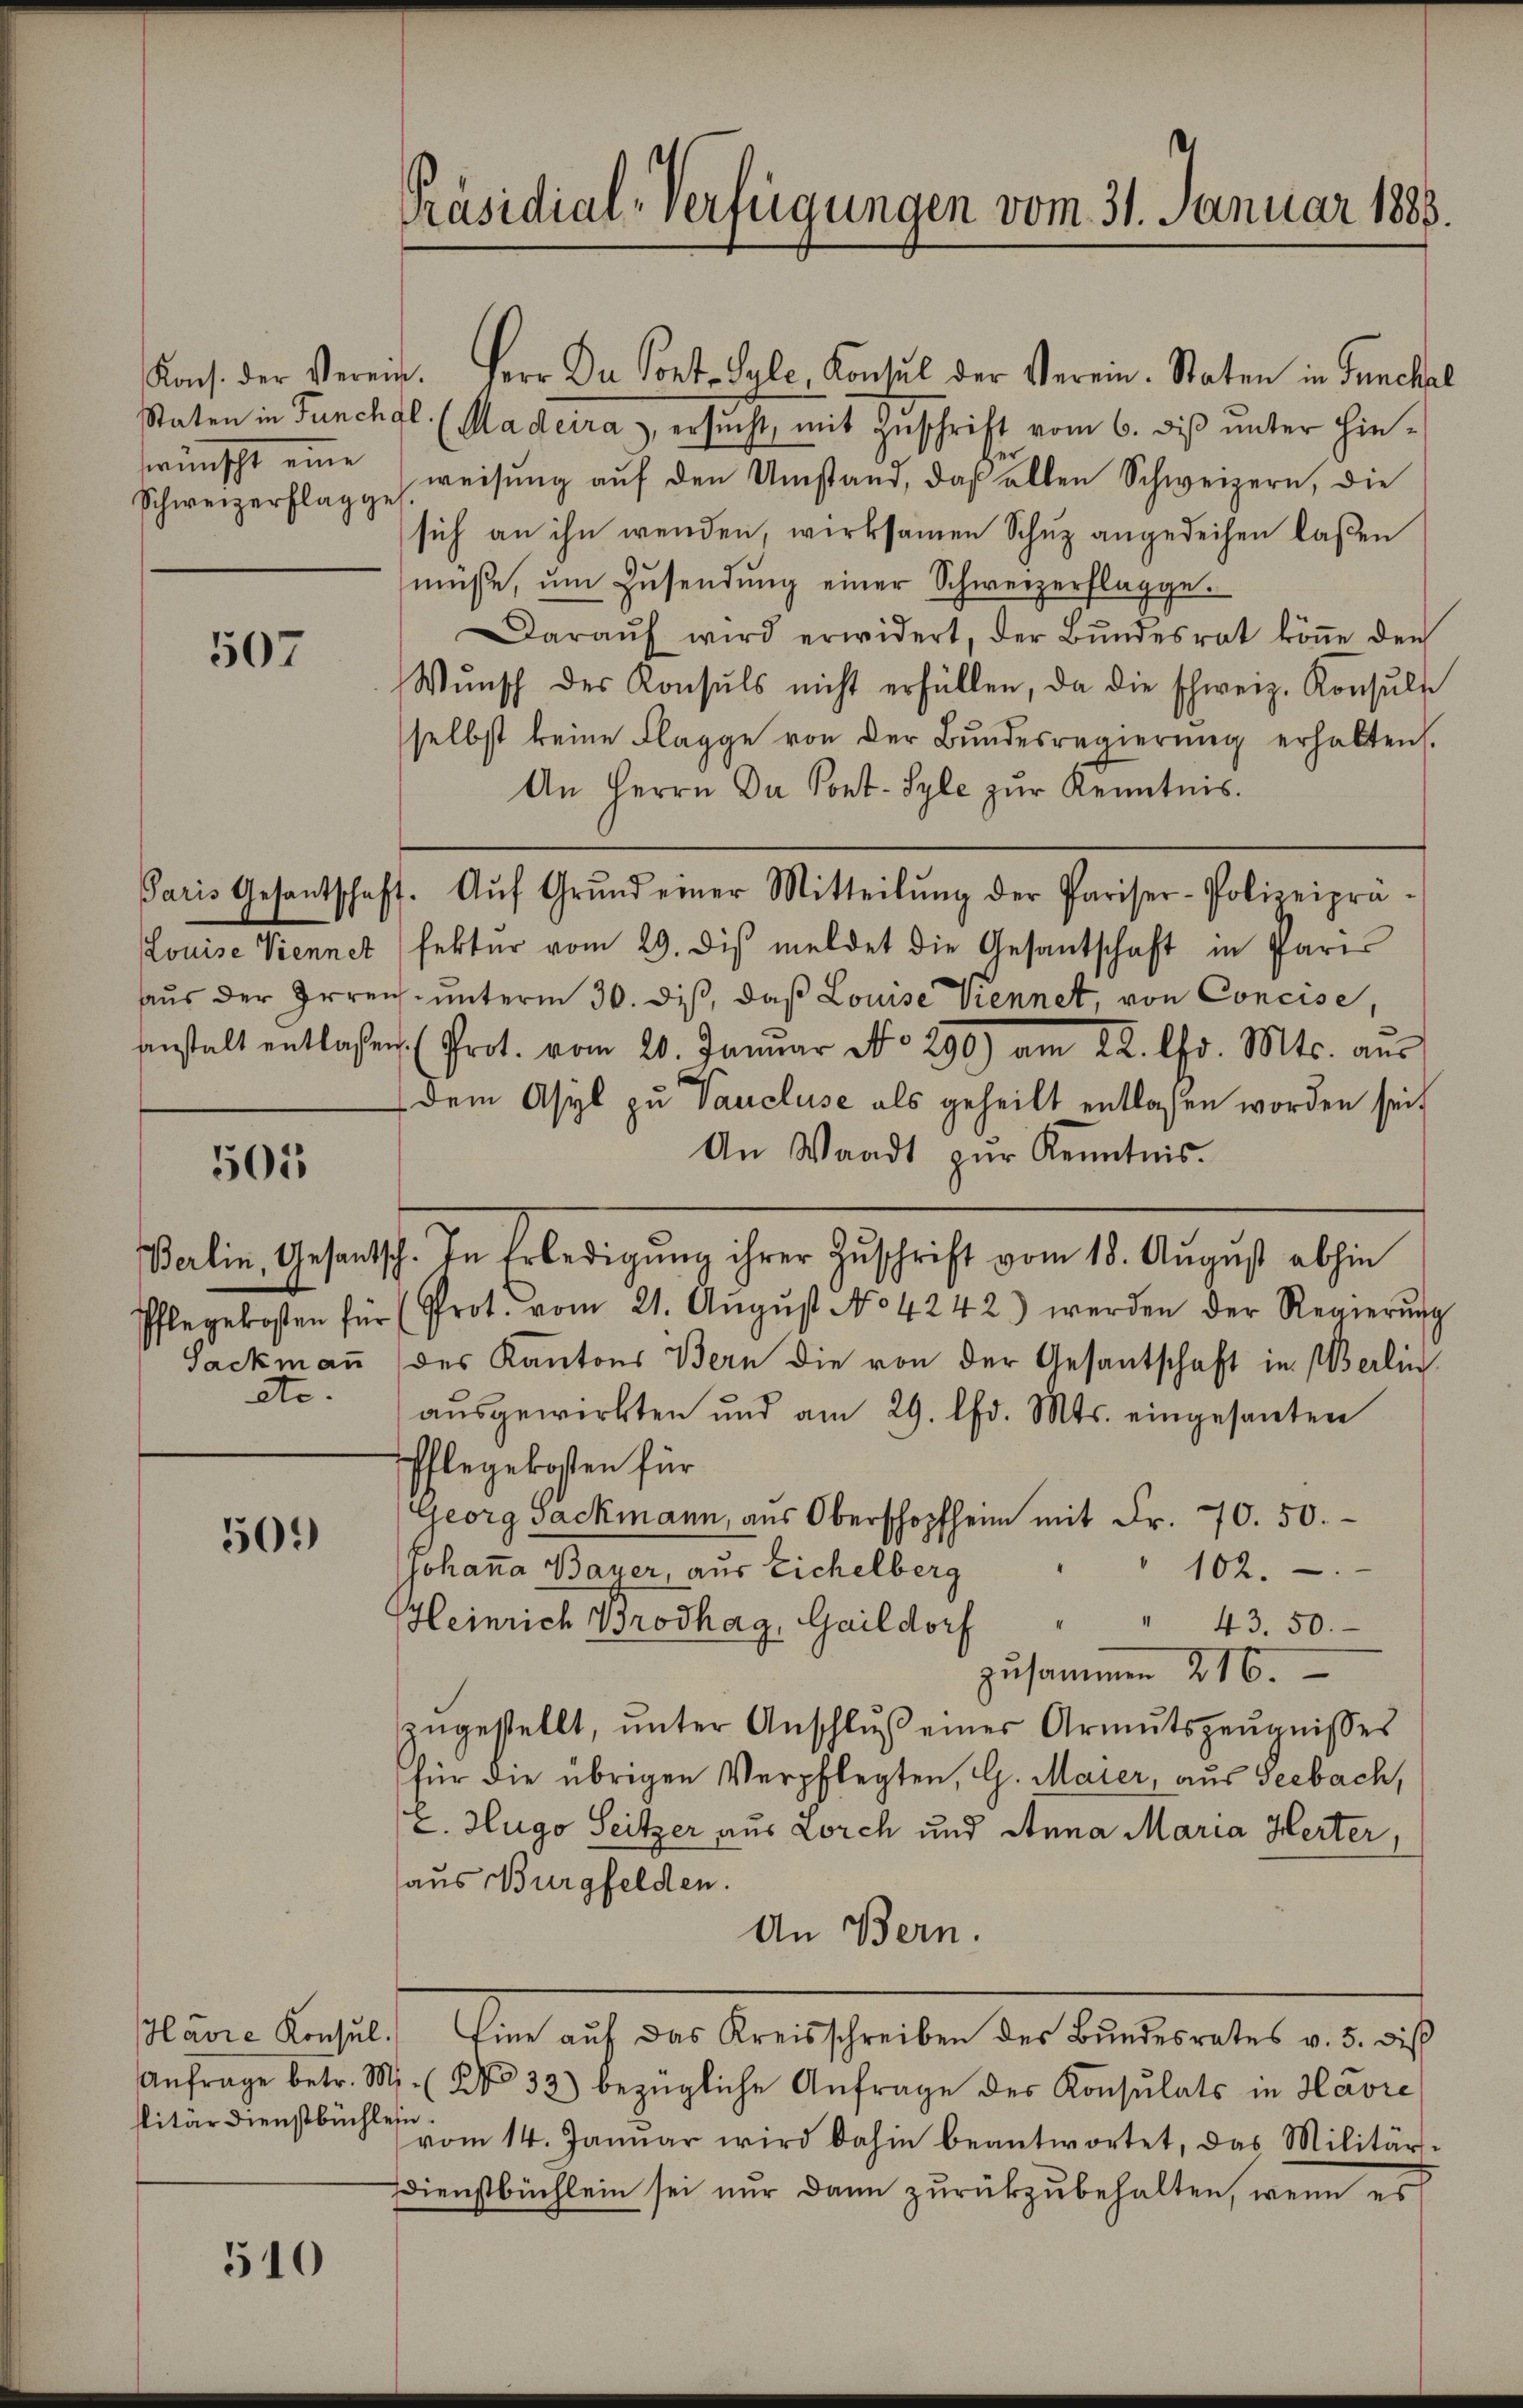
swünscht eine

507

501

509)

510

Pflegekosten für
Sackmann
etc.

Kons. der Verein. Herr Dr Port- Syle, Konsul der Verein. Staten in Funckel
Staten in Funchgl (Madcira, ersucht, mit Zuschrift vom 6. diß unter hin¬
Schweizerflagge weisŭng aŭf den Umstand, daβ allen Schweizern, die
sich an ihn werden, wirksamen Schuz angedeihen laßen
müsse, ŭm Zŭsendŭng einer Schweizerflagge.
Daraŭf wird erwidert, der Bŭndesrat köṅe den
Wŭnsch der Konsuls nicht erfüllen, da die schweiz. Konsŭlt
selbst keine Flagge von der Bundesregierŭng erhalten.
An Herrn Da Pont. Syle zŭr Kenntnis.
Louise Viennet (fekter vom 29. dis meldet die Gesantschaft in Paris
aŭs der Erreich ŭnterm 30. diβ, daβ Louise Viennet von Concise,
anstalt entlassen. Prot. vom 20. Januar No. 290) am 22. Chr. Mts. aus
dem Asyl zu Vaucluse als geheilt entlassen worden seit
An Waadt zur Kenntnis.
Berlin, Gesandtsch. In Erledigung ihrer Zuschrift vom 18. August abhin
Prot. vom 21. Aŭgŭst No 4242) werden der Regierŭng
des Kantons Bern die von der Gesantschaft in Oerlin
aŭsgewirkten und am 29. lfd. Mts. eingesanten
Ehlegekosten für
Georg Sackmann, aus Oberschopfheim mit Fr. 70. 50.
Johanna Bayer, aus Eichelberg
102.
Heinrich Brodhag, Gaildorf
" 43. 50.
zusammen 216.
zŭgestellt, ŭnter Anschlŭβ einer Armutszeŭgnisses
für die übrigen Verpflegten, G. Maier, aus Seebach,
(L. Hugo Seitzer aus Lorch und Anna Maria Herter,
haus Burgfelden.
An Bern.
Hávić Konsul. Eine auf das Kreisschreiben des Bundesrates v. 5. diß
Anfrage betr. M. (No 32) bezügliche Anfrage des Konsulats in Havre
vom 14. Janŭar wird dahin beantwortet, das Militär-
Dienstbüchlein sei nur dann zurückzubehalten, wenn es

litärdienstbüchlein.

Präsidial-Verfügungen vom 31. Januar 1888.

Paris Gesantschaft. Aŭf Grŭnd einer Mitteilŭng der Pariser-Polizeiprä-